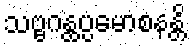
သဗ္ဗဂန္ထပ္ပမောစနန္တိ